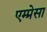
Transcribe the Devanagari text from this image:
एम्प्रेसा